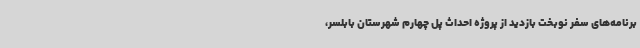
برنامه‌های سفر نوبخت بازدید از پروژه احداث پل چهارم شهرستان بابلسر،